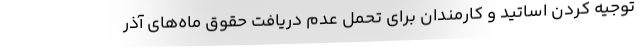
توجیه کردن اساتید و کارمندان برای تحمل عدم دریافت حقوق ماه‌های آذر